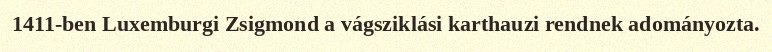
1411-ben Luxemburgi Zsigmond a vágsziklási karthauzi rendnek adományozta.